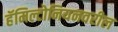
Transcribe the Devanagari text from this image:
हॅमिल्टोनियनवरील